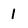
Character: 1